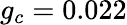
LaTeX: g_{c}=0.022